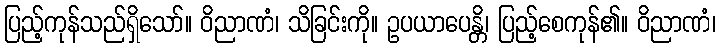
ပြည့်ကုန်သည်ရှိသော်။ ဝိညာဏံ၊ သိခြင်းကို။ ဥပယာပေန္တိ၊ ပြည့်စေကုန်၏။ ဝိညာဏံ၊